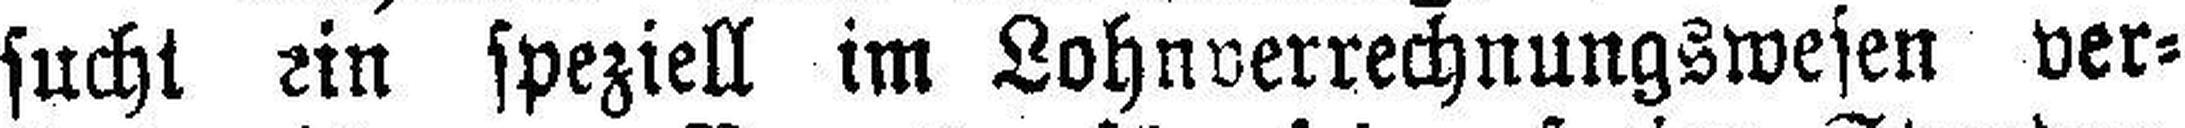
sucht ein speziell im Lohnverrechnungswesen ver¬